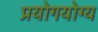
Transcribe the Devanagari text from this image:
प्रयोगयोग्य